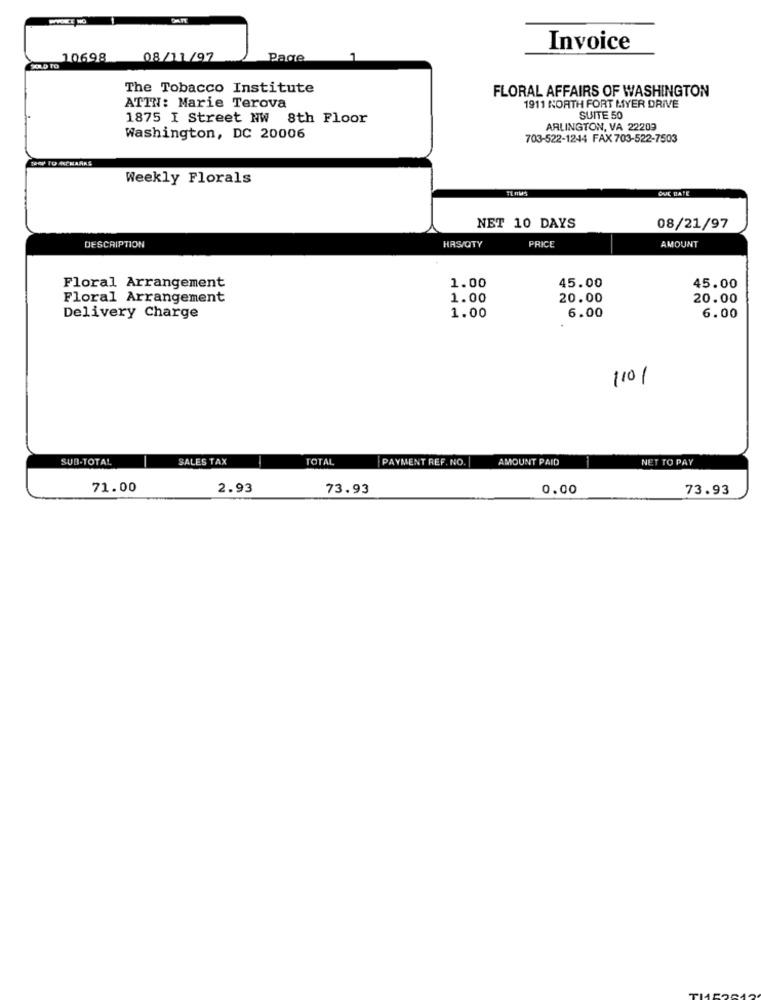
Invoice
10698
08/11/97
Page
XLD TO
The Tobacco Institute
FLORAL AFFAIRS OF WASHINGTON
ATTN: Marie Terova
1911 NORTH FORT MYER DRIVE
1875 I Street NW 8th Floor
SUITE 50
ARLINGTON, VA 22209
Washington, DC 20006
703-522-1244 FAX 703-522-7503
14 TO KČMARKS
Weekly Florals
QUE BATE
NET 10 DAYS
08/21/97
DESCRIPTION
PRICE
AMOUNT
HAS/QTY
1.00
45.00
Floral Arrangement
45.00
Floral Arrangement
1.00
20.00
20.00
Delivery Charge
1.00
6.00
6.00
110/
SUB-TOTAL
SALES TAX
-
TOTAL
PAYMENT REF. NO.
AMOUNT PAID
NET TO PAY
71.00
2.93
73.93
0.00
73.93